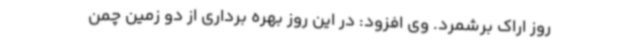
روز اراک برشمرد. وی افزود: در این روز بهره برداری از دو زمین چمن